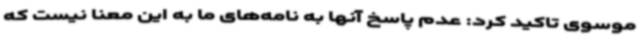
موسوی تاکید کرد:‌ عدم پاسخ آنها به نامه‌های ما به این معنا نیست که